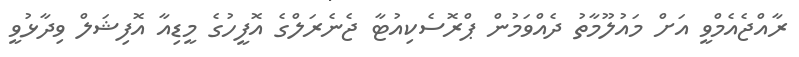
ރާއްޖެއެމްވީ އަށް މައުލޫމާތު ދެއްވަމުން ޕްރޮސެކިއުޓާ ޖެނެރަލްގެ އޮފީހުގެ މީޑިއާ އޮފިޝަލް ވިދާޅުވީ